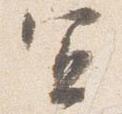
宜